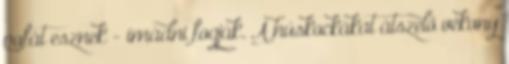
pofát esznek - imádni fogják. A húskockákat átszelő vékony